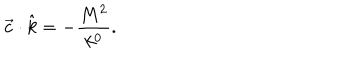
\vec { c } \cdot \hat { k } = - \frac { M ^ { 2 } } { k ^ { 0 } } .